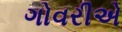
ગોવરીએ